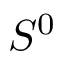
S ^ { 0 }